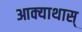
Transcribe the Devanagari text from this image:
आक्याथास्